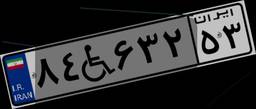
۸۳W۲۵۹۴۹